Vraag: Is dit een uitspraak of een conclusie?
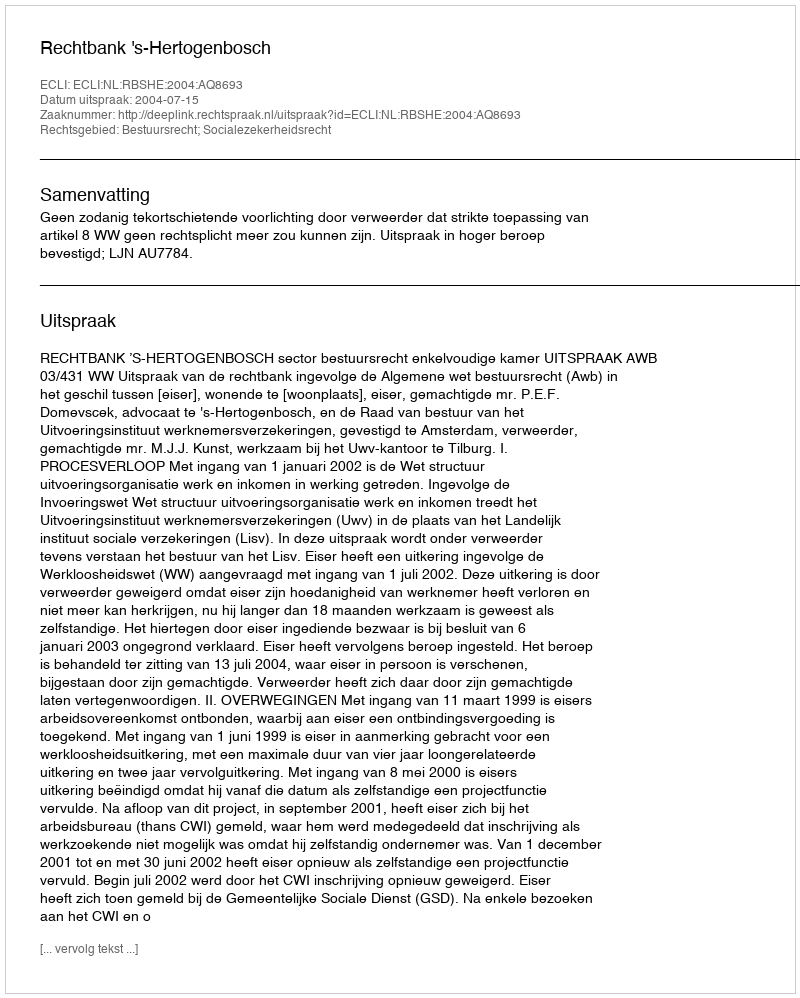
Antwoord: Uitspraak